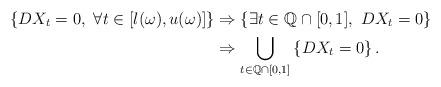
LaTeX: \begin{align*}\left\{DX_t=0,\ \forall t\in [l(\omega), u(\omega)] \right\}&\Rightarrow \left\{\exists t\in \mathbb{Q}\cap [0,1],\ DX_t=0 \right\} \\&\Rightarrow \bigcup_{t\in \mathbb{Q}\cap[0,1]}\left\{ DX_t=0 \right\}. \end{align*}